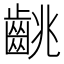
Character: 𪘈